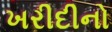
ખરીદીનો